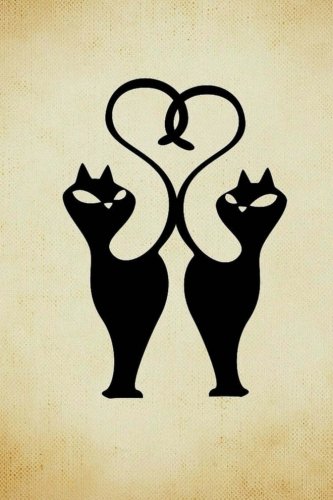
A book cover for Black Cat Journal: 160 Page Lined Journal/Notebook; Mahtava Journals; Literature & Fiction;